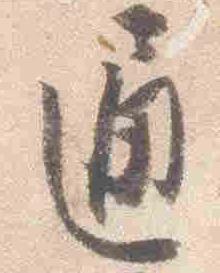
通